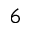
6